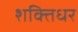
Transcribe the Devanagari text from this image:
शक्तिधर